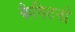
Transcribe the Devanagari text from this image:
कैपिटनो